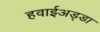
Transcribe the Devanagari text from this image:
हवाईअड्‍डा